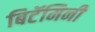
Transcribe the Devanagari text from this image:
बिटॅमिनी